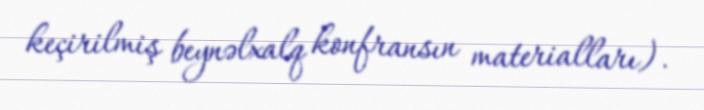
keçirilmiş beynəlxalq konfransın materialları).